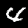
Label: 4